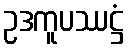
ဥဒကူပဿဋ္ဌံ